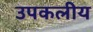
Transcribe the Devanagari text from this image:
उपकलीय